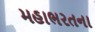
મહાભરતના